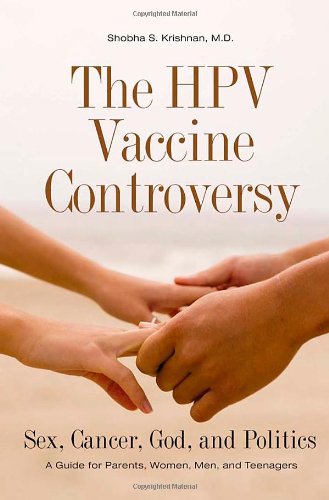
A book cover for The HPV Vaccine Controversy: Sex, Cancer, God, and Politics: A Guide for Parents, Women, Men, and Teenagers; Shobha S Krishnan M.D.; Health, Fitness & Dieting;